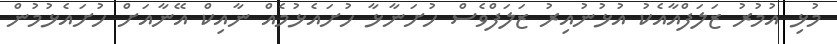
މުޅި އުމުރު ޒަލަފްއާއެކު އުޅުނުއިރު ޒަލަފްވެސް ހުށަނާޅާ ހުށައެޅުމެއް ނާއިކް އޭނާއަށް ހުށައެޅުމުން